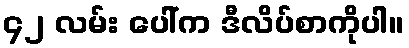
၄၂ လမ်း ပေါ်က ဒီလိပ်စာကိုပါ။